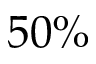
5 0 \%